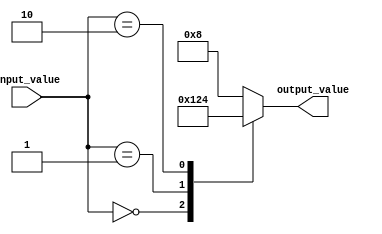
module priority_case (
    input [1:0] input_value,
    output reg [3:0] output_value
);

always @(*) begin
    case (input_value)
        2'b00: output_value = 4'b0001; // Execute this block if input_value is 00
        2'b01: output_value = 4'b0010; // Execute this block if input_value is 01
        2'b10: output_value = 4'b0100; // Execute this block if input_value is 10
        default: output_value = 4'b1000; // Execute this block by default
    endcase
end

endmodule